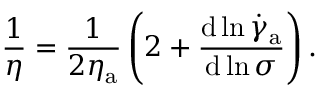
{ \frac { 1 } { \eta } } = { \frac { 1 } { 2 \eta _ { \mathrm { a } } } } \left( 2 + { \frac { \mathrm { d } \ln { { \dot { \gamma } } _ { \mathrm { a } } } } { \mathrm { d } \ln { \sigma } } } \right) .